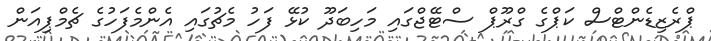
ޕްރެޒިޑެންޓްސް ކަޕްގެ ގްރޫޕް ސްޓޭޖްގައި މަހިބަދޫ ކުޅޭ ފަހު މެޗުގައި އެންމެފަހުގެ ޗެމްޕިއަން